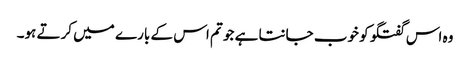
وہ اس گفتگو کو خوب جانتا ہے جو تم اس کے بارے میں کرتے ہو۔